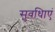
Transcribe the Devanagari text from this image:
सुवधिाएं